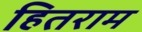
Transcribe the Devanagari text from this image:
हितराम